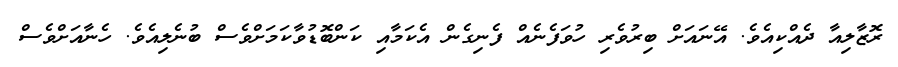
ރޮޒާލިއާ ދެއްކިއެވެ. އޭނައަށް ބިރުވެރި ހުވަފެނެއް ފެނިގެން އެކަމާއި ކަންބޮޑުވާކަމަށްވެސް ބުނެލިއެވެ. ހެނާއަށްވެސް